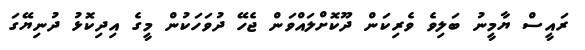
ރައީސް ޔާމީނު ބަލިވެ ވެރިކަން ދޫކޮށްލައްވަން ޖެހޭ ދުވަހަކުން މީގެ އިދިކޮޅު ދުނިޔޭގަ